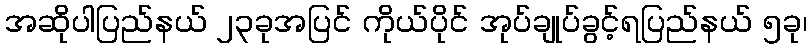
အဆိုပါပြည်နယ် ၂၃ခုအပြင် ကိုယ်ပိုင် အုပ်ချုပ်ခွင့်ရပြည်နယ် ၅ခု၊